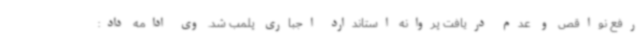
رفع نواقص و عدم دریافت پروانه استاندارد اجباری پلمب شد. وی ادامه داد: